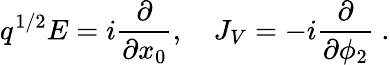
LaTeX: q^{1/2}E=i{\frac{\partial}{\partial x_{0}}},\quad J_{V}=-i{\frac{\partial}{\partial\phi_{2}}}\ .